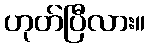
ဟုတ်ပြီလား။